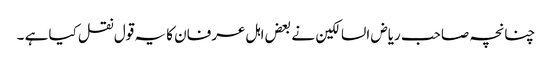
چنانچہ صاحب ریاض السالکین نے بعض اہل عرفان کا یہ قول نقل کیا ہے ۔